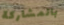
بالمشاركة